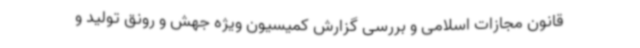
قانون مجازات اسلامی و بررسی گزارش کمیسیون ویژه جهش و رونق تولید و